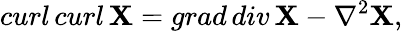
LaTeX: curl\, curl\, {\mathbf X}=grad\, div\, {\mathbf X}-{\mathbf\nabla}^{2}{\mathbf X},